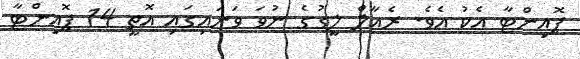
ޕޮއިންޓާ އެކު އެވެ. ރެއާލް ލީގުގެ ނުވަ ވަނައިގައި އޮތީ 14 ޕޮއިންޓާ